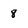
Character: 8